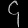
Digit: ၄